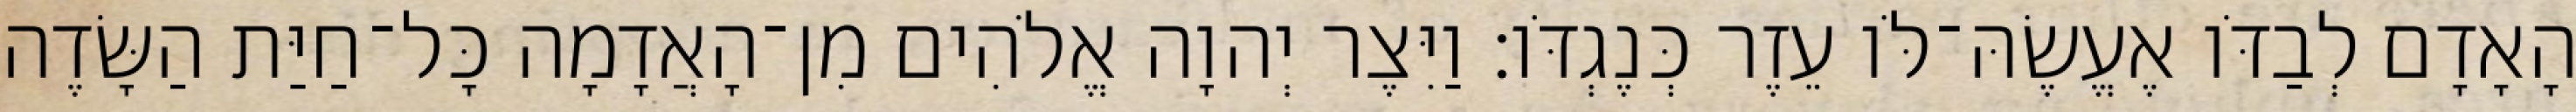
הָאָדָם לְבַדֹּו אֶעֱשֶׂהּ־לֹּו עֵזֶר כְּנֶגְדֹּו׃ וַיִּצֶר יְהוָה אֱלֹהִים מִן־הָאֲדָמָה כָּל־חַיַּת הַשָּׂדֶה